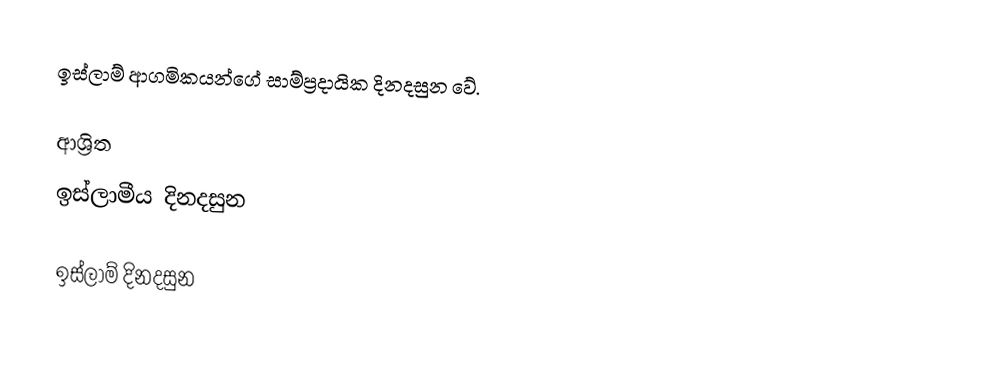
ඉස්ලාම් ආගමිකයන්ගේ සාම්ප්‍රදායික දිනදසුන වේ.

ආශ්‍රිත
 ඉස්ලාමීය දිනදසුන

ඉස්ලාම් දිනදසුන